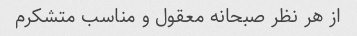
از هر‌ نظر صبحانه معقول و مناسب متشکرم